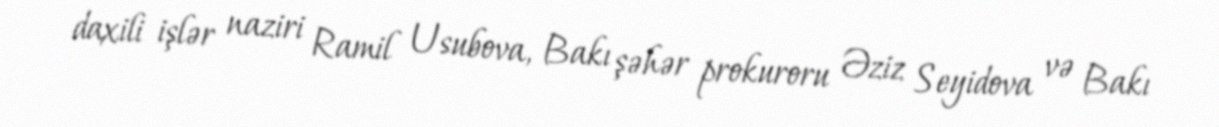
daxili işlər naziri Ramil Usubova, Bakı şəhər prokuroru Əziz Seyidova və Bakı